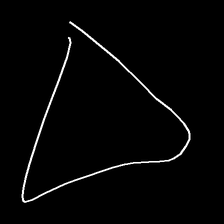
Glyph: convergence